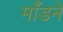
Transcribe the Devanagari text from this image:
माँडने